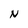
Character: N